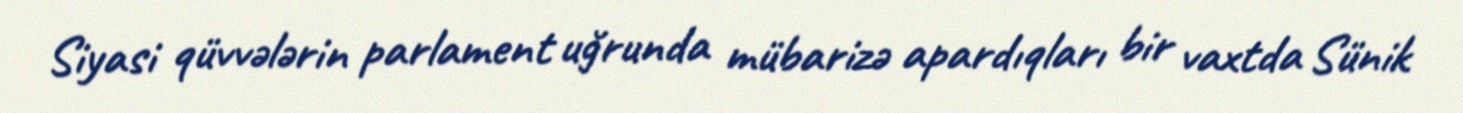
Siyasi qüvvələrin parlament uğrunda mübarizə apardıqları bir vaxtda Sünik